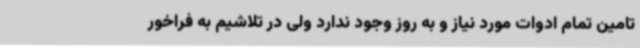
تامین تمام ادوات مورد نیاز و به روز وجود ندارد ولی در تلاشیم به فراخور